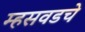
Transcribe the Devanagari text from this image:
म्हसवडचे